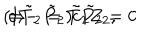
LaTeX: ( 1 - \tilde { P } _ { 2 } ) c \tilde { P } _ { 2 } = 0 \hspace { 1 c m } \Rightarrow \hspace { 1 c m } c \, \tilde { T } _ { 2 } = \tilde { T } _ { 2 } Z _ { 2 } ,